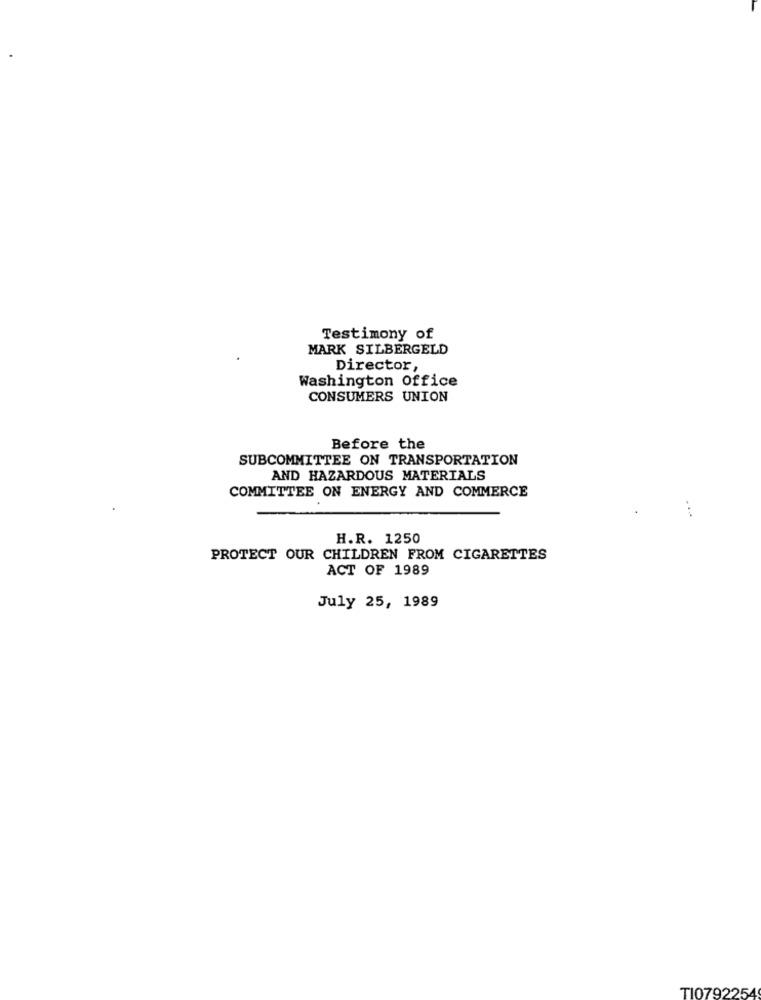
Testimony of
MARK SILBERGELD
Director,
Washington Office
CONSUMERS UNION
Before the
SUBCOMMITTEE ON TRANSPORTATION
AND HAZARDOUS MATERIALS
COMMITTEE ON ENERGY AND COMMERCE
...
H.R. 1250
PROTECT OUR CHILDREN FROM CIGARETTES
ACT OF 1989
July 25, 1989
TI0792254